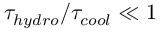
\tau _ { h y d r o } / \tau _ { c o o l } \ll 1